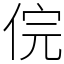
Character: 俒